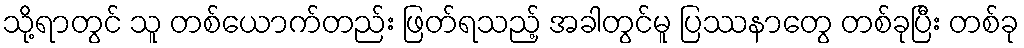
သို့ရာတွင် သူ တစ်ယောက်တည်း ဖြတ်ရသည့် အခါတွင်မူ ပြဿနာတွေ တစ်ခုပြီး တစ်ခု